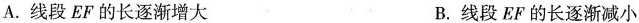
A.线段EF的长逐渐增大 B.线段EF的长逐渐减小